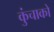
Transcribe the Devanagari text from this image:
कुंचाको